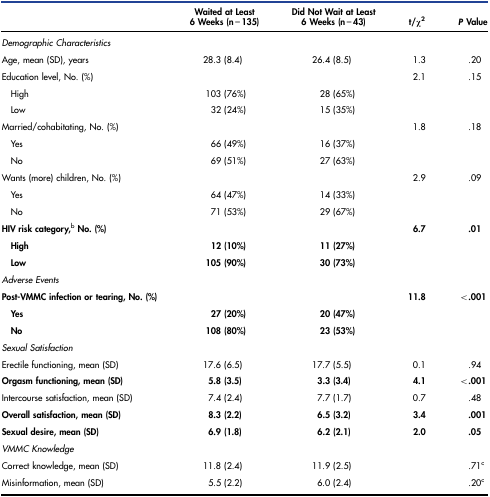
|  | Waited at Least 6 Weeks (n = 135) | Did Not Wait at Least 6 Weeks (n = 43) | t/χ2 | P Value |
 | --- | --- | --- | --- | --- |
 | Demographic Characteristics |  |  |  |  |
 | Age, mean (SD), years | 28.3 (8.4) | 26.4 (8.5) | 1.3 | .20 |
 | Education level, No. (%) |  |  | 2.1 | .15 |
 | High | 103 (76%) | 28 (65%) |  |  |
 | Low | 32 (24%) | 15 (35%) |  |  |
 | Married/cohabitating, No. (%) |  |  | 1.8 | .18 |
 | Yes | 66 (49%) | 16 (37%) |  |  |
 | No | 69 (51%) | 27 (63%) |  |  |
 | Wants (more) children, No. (%) |  |  | 2.9 | .09 |
 | Yes | 64 (47%) | 14 (33%) |  |  |
 | No | 71 (53%) | 29 (67%) |  |  |
 | HIV risk category,bNo. (%) |  |  | 6.7 | .01 |
 | High | 12 (10%) | 11 (27%) |  |  |
 | Low | 105 (90%) | 30 (73%) |  |  |
 | Adverse Events |  |  |  |  |
 | Post-VMMC infection or tearing, No. (%) |  |  | 11.8 | <.001 |
 | Yes | 27 (20%) | 20 (47%) |  |  |
 | No | 108 (80%) | 23 (53%) |  |  |
 | Sexual Satisfaction |  |  |  |  |
 | Erectile functioning, mean (SD) | 17.6 (6.5) | 17.7 (5.5) | 0.1 | .94 |
 | Orgasm functioning, mean (SD) | 5.8 (3.5) | 3.3 (3.4) | 4.1 | <.001 |
 | Intercourse satisfaction, mean (SD) | 7.4 (2.4) | 7.7 (1.7) | 0.7 | .48 |
 | Overall satisfaction, mean (SD) | 8.3 (2.2) | 6.5 (3.2) | 3.4 | .001 |
 | Sexual desire, mean (SD) | 6.9 (1.8) | 6.2 (2.1) | 2.0 | .05 |
 | VMMC Knowledge |  |  |  |  |
 | Correct knowledge, mean (SD) | 11.8 (2.4) | 11.9 (2.5) |  | .71c |
 | Misinformation, mean (SD) | 5.5 (2.2) | 6.0 (2.4) |  | .20c |